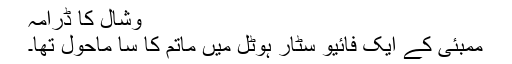
وشال کا ڈرامہ
ممبئی کے ایک فائیو سٹار ہوٹل میں ماتم کا سا ماحول تھا۔